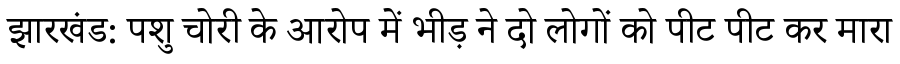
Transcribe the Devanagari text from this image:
झारखंड: पशु चोरी के आरोप में भीड़ ने दो लोगों को पीट पीट कर मारा